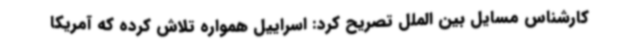
کارشناس مسایل بین الملل تصریح کرد: اسراییل همواره تلاش کرده که آمریکا